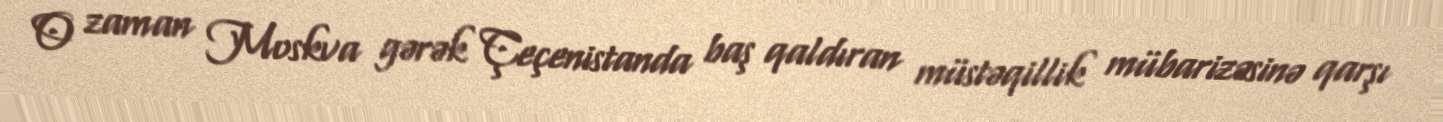
O zaman Moskva gərək Çeçenistanda baş qaldıran müstəqillik mübarizəsinə qarşı